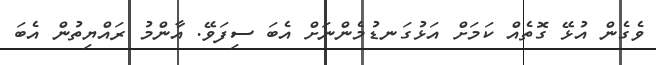
ވެގެން އުޅޭ ގޮތެއް ކަމަށް އަޅުގަނޑުމެންނަށް އެބަ ސިފަވޭ. އާންމު ރައްޔިތުން އެބަ